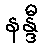
နန္ဒီ